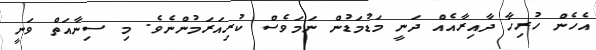
އެހެން ހުރިހާ ދާއިރާއެއް ދަނީ މަޑުމަޑުން ނަމަވެސް ކުރިއަރަމުންނެވެ. މި ސިނާއަތް ވަނީ